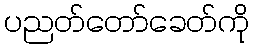
ပညတ်တော်ခေတ်ကို